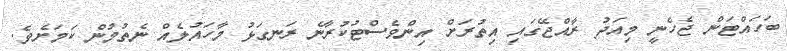
ބަހައްޓަން ޖެހެނީ މިއަދު ރާއްޖޭގައި އިތުރަށް އިންވެސްޓުކުރާނެ ރަނގަޅު މާހައުލެއް ނެތުމުން ކަމަށެވެ.